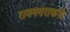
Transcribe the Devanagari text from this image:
रामनगराकडे